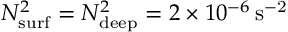
N _ { \mathrm { s u r f } } ^ { 2 } = N _ { \mathrm { d e e p } } ^ { 2 } = 2 \times 1 0 ^ { - 6 } \, \mathrm { { s ^ { - 2 } } }